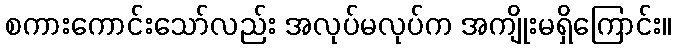
စကားကောင်းသော်လည်း အလုပ်မလုပ်က အကျိုးမရှိကြောင်း။